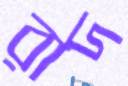
রাদ